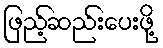
ဖြည့်ဆည်းပေးဖို့